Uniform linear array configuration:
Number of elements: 4
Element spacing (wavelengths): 0.25
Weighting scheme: uniform
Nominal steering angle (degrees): -45
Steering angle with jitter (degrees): -46.101
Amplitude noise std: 0.05
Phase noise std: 0.05

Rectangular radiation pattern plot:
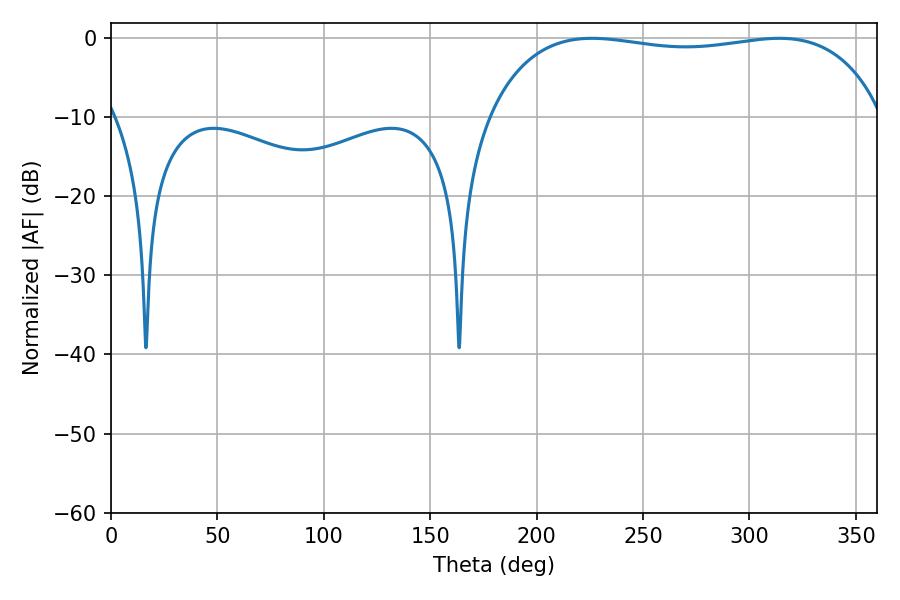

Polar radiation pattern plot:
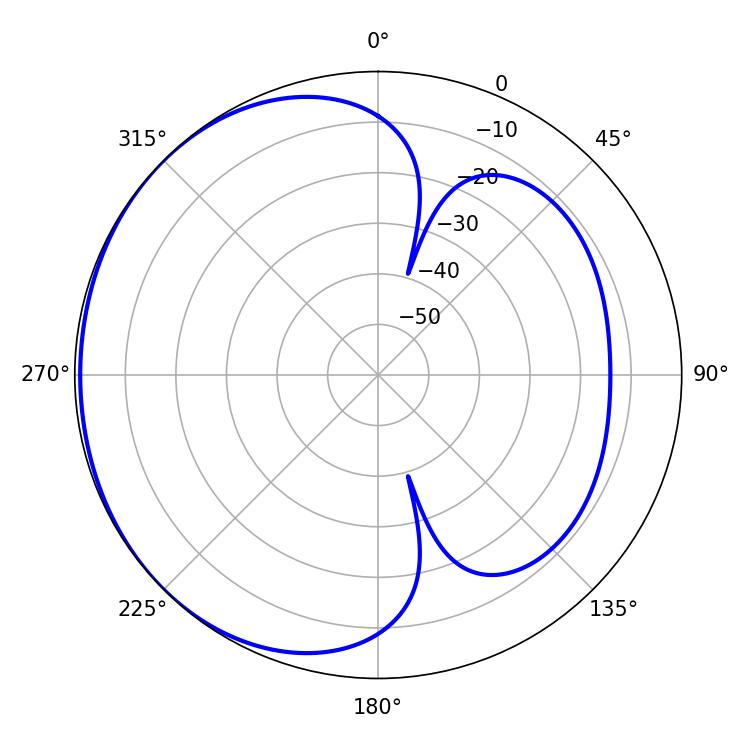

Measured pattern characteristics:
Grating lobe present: FALSE
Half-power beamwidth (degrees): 149.4
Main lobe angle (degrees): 226.08